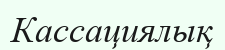
Кассациялық